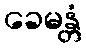
ခေမန္တံ